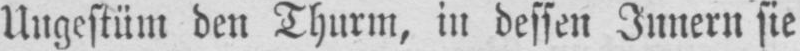
Ungestüm den Thurm, in dessen Innern sie